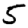
Digit: 5